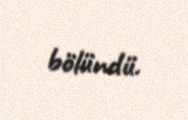
bölündü.